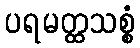
ပရမတ္ထသစ္စံ